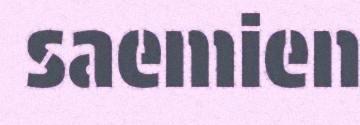
saemien